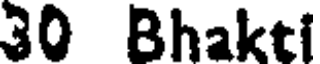
30 Bhakti